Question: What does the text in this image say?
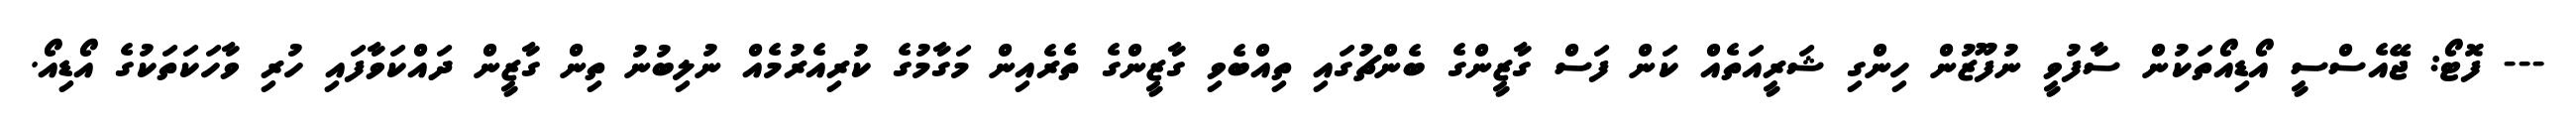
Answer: --- ފޮޓޯ: ޖޭއެސްސީ އޯޑިއޯތަކުން ސާފުވީ ނުފޫޒުން ހިންގި ޝަރީއަތެއް ކަން ފަސް ގާޒީންގެ ބެންޗުގައި ތިއްބެވި ގާޒީންގެ ތެރެއިން މަގާމުގެ ކުރިއެރުމެއް ނުލިބުނު ތިން ގާޒީން ދައްކަވާފައި ހުރި ވާހަކަތަކުގެ އޯޑިއޯ.